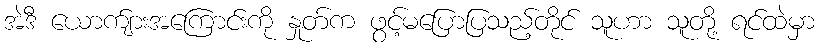
အဲဒီ ယောက်ျားအကြောင်းကို နှုတ်က ဖွင့်မပြောပြသည့်တိုင် သူဟာ သူတို့ ရင်ထဲမှာ